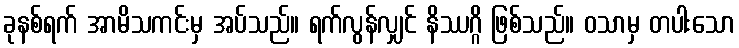
ခုနစ်ရက် အာမိသကင်းမှ အပ်သည်။ ရက်လွန်လျှင် နိဿဂ္ဂိ ဖြစ်သည်။ ဝသာမှ တပါးသော